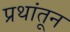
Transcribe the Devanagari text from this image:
प्रथांतून